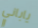
ياباني